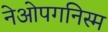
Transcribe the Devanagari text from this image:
नेओपगनिस्म